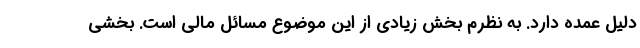
دلیل عمده دارد. به نظرم بخش زیادی از این موضوع مسائل مالی است. بخشی